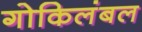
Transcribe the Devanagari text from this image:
गोकिलंबल